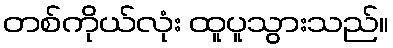
တစ်ကိုယ်လုံး ထူပူသွားသည်။